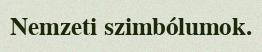
Nemzeti szimbólumok.